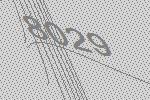
8029